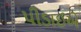
પીડાઈએ